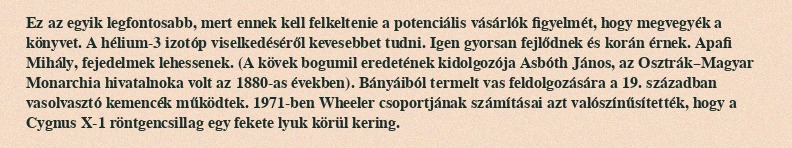
Ez az egyik legfontosabb, mert ennek kell felkeltenie a potenciális vásárlók figyelmét, hogy megvegyék a könyvet. A hélium-3 izotóp viselkedéséről kevesebbet tudni. Igen gyorsan fejlődnek és korán érnek. Apafi Mihály, fejedelmek lehessenek. (A kövek bogumil eredetének kidolgozója Asbóth János, az Osztrák–Magyar Monarchia hivatalnoka volt az 1880-as években). Bányáiból termelt vas feldolgozására a 19. században vasolvasztó kemencék működtek. 1971-ben Wheeler csoportjának számításai azt valószínűsítették, hogy a Cygnus X-1 röntgencsillag egy fekete lyuk körül kering.